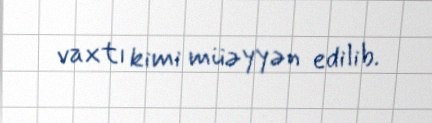
vaxtı kimi müəyyən edilib.